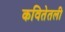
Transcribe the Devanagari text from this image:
कवितेतली